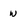
Character: w